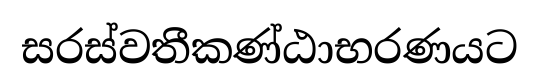
සරස්වතීකණ්ඨාභරණයට